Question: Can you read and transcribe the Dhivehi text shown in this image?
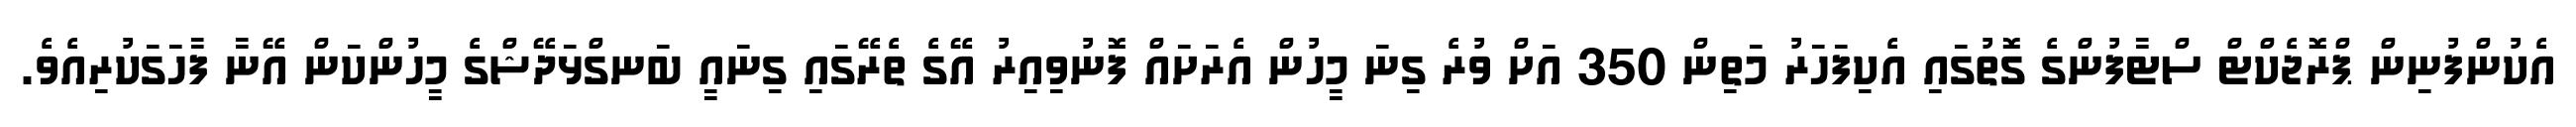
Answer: އެކުންފުނިން ޕްރޮޖެކްޓް ސްޓާފުންގެ ގޮތުގައި އެކިފަހަރު މަތިން 350 އަށް ވުރެ ގިނަ މީހުން އެރަށައް ފޮނުވިއިރު އޭގެ ތެރޭގައި ގިނައީ ބަނގްޅަދޭޝްގެ މީހުންކަން އޭނާ ފާހަގަކުރިއެވެ.